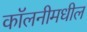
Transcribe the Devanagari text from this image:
कॉलनीमधील